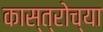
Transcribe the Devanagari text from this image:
कास्त्रोच्या